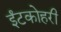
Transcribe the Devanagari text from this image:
ईंटकोहरी